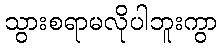
သွားစရာမလိုပါဘူးကွာ